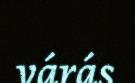
várás